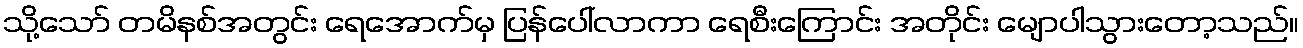
သို့သော် တမိနစ်အတွင်း ရေအောက်မှ ပြန်ပေါ်လာကာ ရေစီးကြောင်း အတိုင်း မျောပါသွားတော့သည်။